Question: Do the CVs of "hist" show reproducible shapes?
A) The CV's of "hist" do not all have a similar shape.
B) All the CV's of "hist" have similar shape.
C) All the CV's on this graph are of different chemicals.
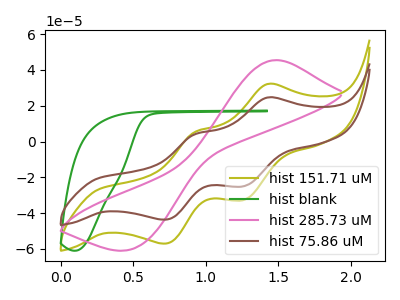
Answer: <think>The olive curve "hist 151.71 uM" has anodic peaks at (1.45V, 32.10uA) (0.95V, 5.35uA) and cathodic peaks at (1.25V, -32.70uA) (0.70V, -57.05uA). The green curve "hist blank" has no peaks. The pink curve "hist 285.73 uM" has an anodic peak at (1.50V, 45.45uA) and a cathodic peak at (0.50V, -59.70uA). The brown curve "hist 75.86 uM" has anodic peaks at (1.45V, 24.60uA) (0.95V, 4.10uA) and cathodic peaks at (1.25V, -25.00uA) (0.70V, -43.70uA).
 "hist 151.71 uM" and "hist blank" have a different number of peaks. "hist 151.71 uM" and "hist 285.73 uM" have a different number of peaks. All the peaks in "hist 151.71 uM" have a peak in "hist 75.86 uM" at the same potential. Every peak in "hist 151.71 uM" is higher than every peak in "hist 75.86 uM". "hist blank" and "hist 285.73 uM" have a different number of peaks. "hist blank" and "hist 75.86 uM" have a different number of peaks. "hist 285.73 uM" and "hist 75.86 uM" have a different number of peaks.</think>
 <answer>B) All the CV's of "hist" have similar shape.</answer>
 <eval>B</eval>